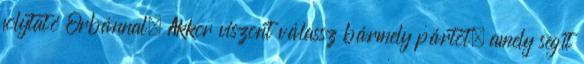
folytató Orbánnal. Akkor viszont válassz bármely pártot, amely segít